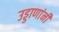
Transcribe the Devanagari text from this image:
उड्डाणांनी